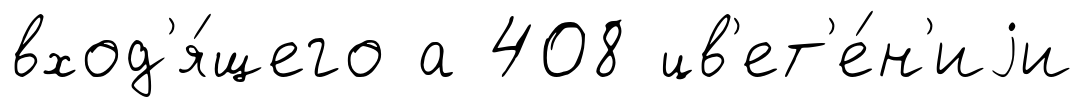
вход'я́щего а 408 цв'ет'е́н'иjи